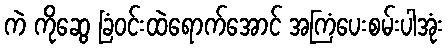
ကဲ ကိုဆွေ ခြံဝင်းထဲရောက်အောင် အကြံပေးစမ်းပါအုံး